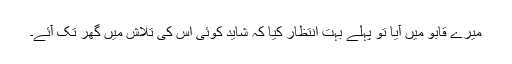
میرے قابو میں آیا تو پہلے بہت انتظار کیا کہ شاید کوئی اس کی تلاش میں گھر تک آئے۔